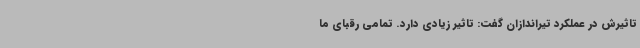
تاثیرش در عملکرد تیراندازان گفت: تاثیر زیادی دارد. تمامی رقبای ما